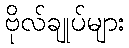
ဗိုလ်ချုပ်များ